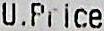
U.PRICE